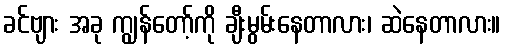
ခင်ဗျား အခု ကျွန်တော့်ကို ချီးမွမ်းနေတာလား၊ ဆဲနေတာလား။